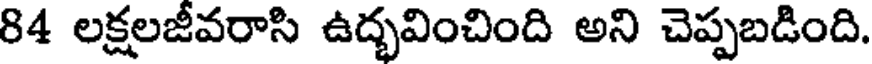
84 లక్షలజీవరాసి ఉద్భవించింది అని చెప్పబడింది.